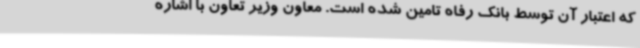
که اعتبار آن توسط بانک رفاه تامین شده است. معاون وزیر تعاون با اشاره